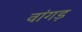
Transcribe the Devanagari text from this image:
वांगड़